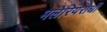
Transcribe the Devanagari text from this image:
मलेरियरोधी